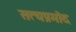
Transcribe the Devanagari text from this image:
सत्यप्रमोद